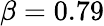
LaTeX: \beta=0.79